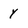
Character: y